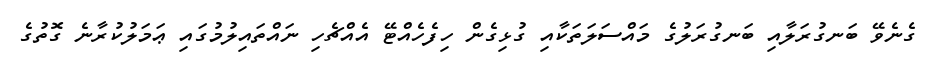
ގެނެވޭ ބަނގުރަލާއި ބަނގުރަލުގެ މައްސަލަތަކާއި ގުޅިގެން ހިފެހެއްޓޭ އެއްޗެހި ނައްތައިލުމުގައި ޢަމަލުކުރާނެ ގޮތުގެ